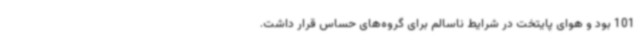
101 بود و هوای پایتخت در شرایط ناسالم برای گروه‌های حساس قرار داشت.